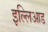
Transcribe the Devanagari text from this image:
इल्लिआड